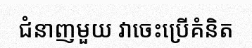
ជំនាញមួយ វាចេះប្រើគំនិត